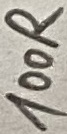
Text: 100R